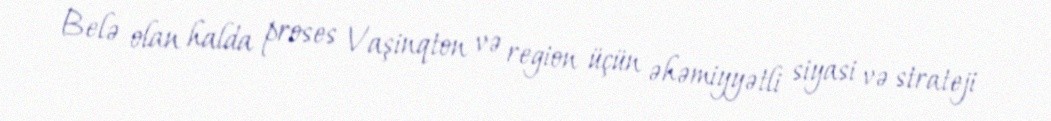
Belə olan halda proses Vaşinqton və region üçün əhəmiyyətli siyasi və strateji